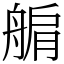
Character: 䑷